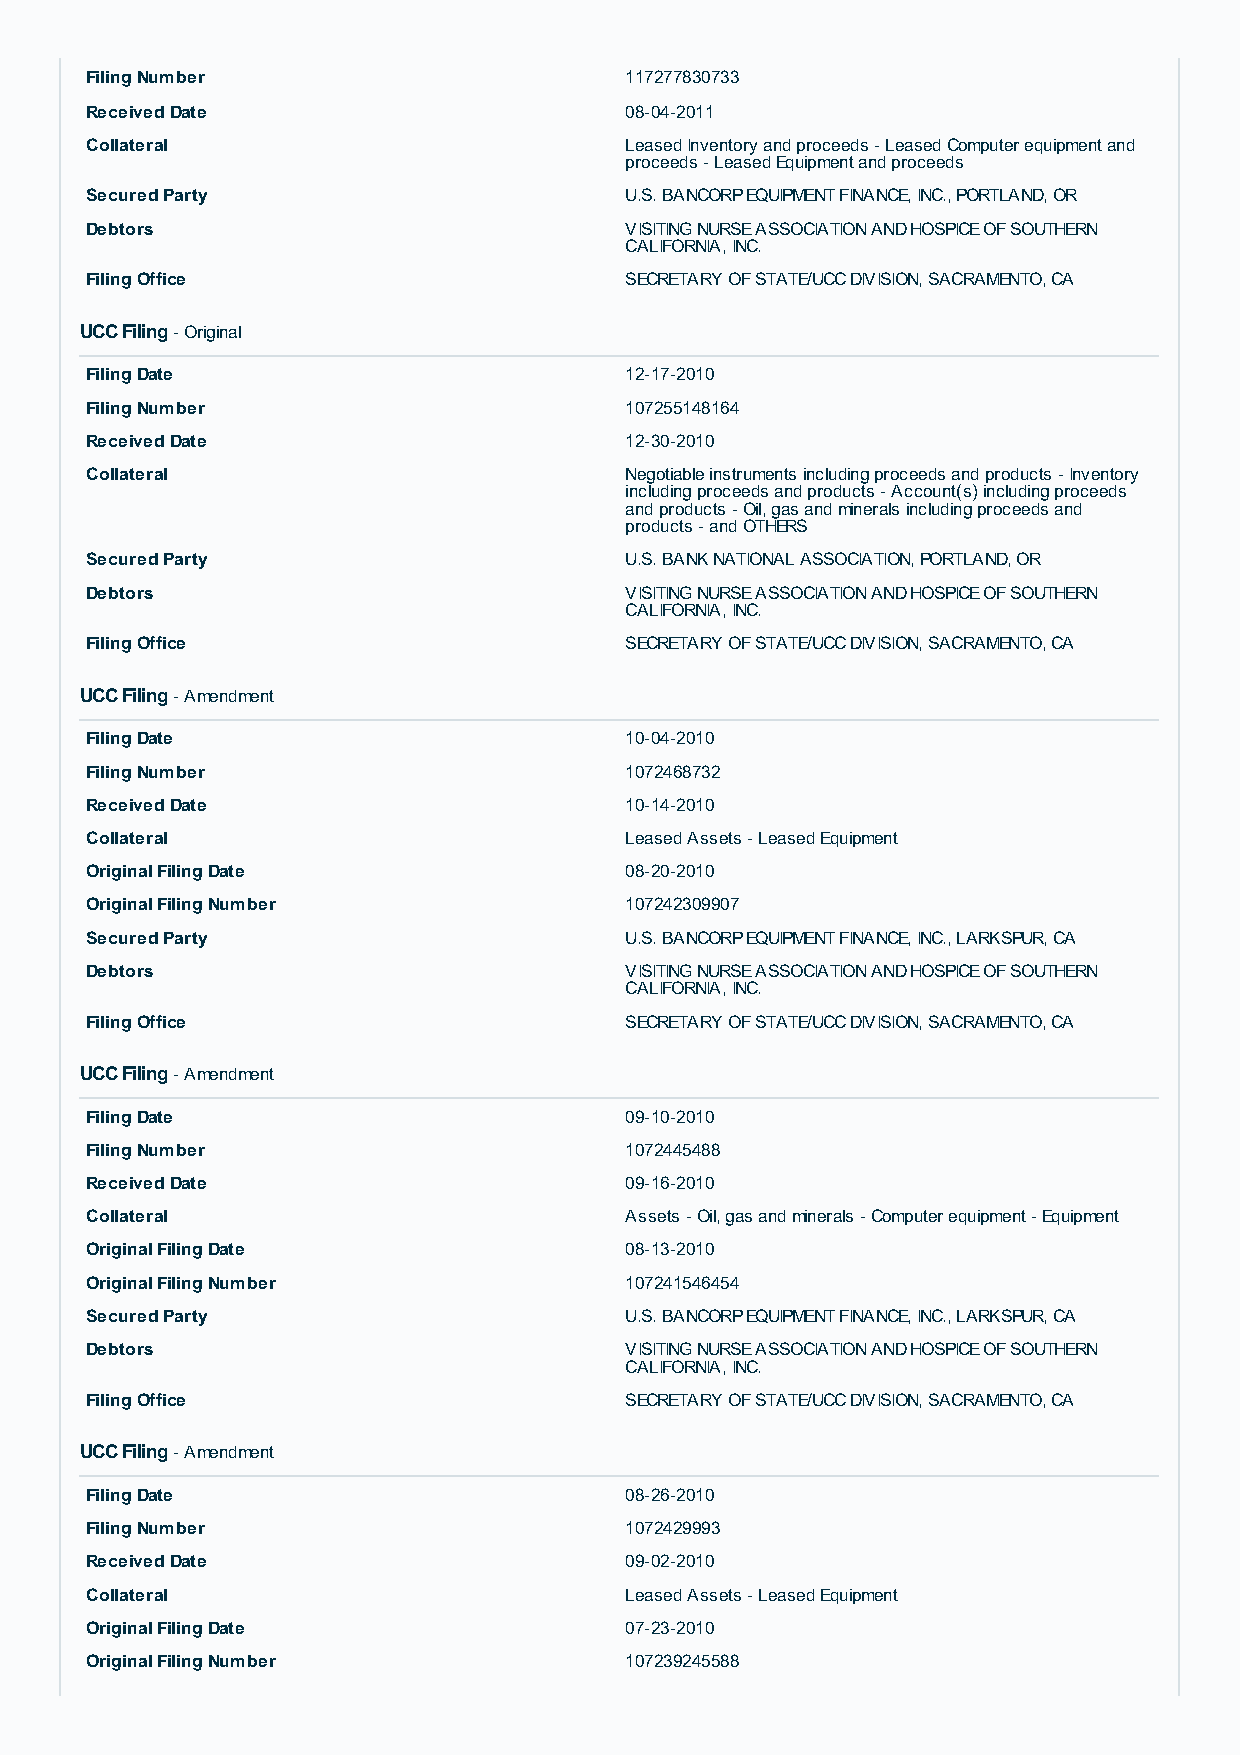
Filing Number                      117277830733
 Received Date                      08-04-2011
 Collateral                         Leased Inventory and proceeds - Leased Computer equipment and
 proceeds - Leased Equipment and proceeds
 Secured Party                      U.S. BANCORP EQUIPMENT FINANCE, INC., PORTLAND, OR
 Debtors                            VISITING NURSE ASSOCIATION AND HOSPICE OF SOUTHERN
 CALIFORNIA, INC.
 Filing Office                      SECRETARY OF STATE/UCC DIVISION, SACRAMENTO, CA
 UCC Filing - Original
 Filing Date                        12-17-2010
 Filing Number                      107255148164
 Received Date                      12-30-2010
 Collateral                         Negotiable instruments including proceeds and products - Inventory
 including proceeds and products - Account(s) including proceeds
 and products - Oil, gas and minerals including proceeds and
 products - and OTHERS
 Secured Party                      U.S. BANK NATIONAL ASSOCIATION, PORTLAND, OR
 Debtors                            VISITING NURSE ASSOCIATION AND HOSPICE OF SOUTHERN
 CALIFORNIA, INC.
 Filing Office                      SECRETARY OF STATE/UCC DIVISION, SACRAMENTO, CA
 UCC Filing - Amendment
 Filing Date                        10-04-2010
 Filing Number                      1072468732
 Received Date                      10-14-2010
 Collateral                         Leased Assets - Leased Equipment
 Original Filing Date               08-20-2010
 Original Filing Number             107242309907
 Secured Party                      U.S. BANCORP EQUIPMENT FINANCE, INC., LARKSPUR, CA
 Debtors                            VISITING NURSE ASSOCIATION AND HOSPICE OF SOUTHERN
 CALIFORNIA, INC.
 Filing Office                      SECRETARY OF STATE/UCC DIVISION, SACRAMENTO, CA
 UCC Filing - Amendment
 Filing Date                        09-10-2010
 Filing Number                      1072445488
 Received Date                      09-16-2010
 Collateral                         Assets - Oil, gas and minerals - Computer equipment - Equipment
 Original Filing Date               08-13-2010
 Original Filing Number             107241546454
 Secured Party                      U.S. BANCORP EQUIPMENT FINANCE, INC., LARKSPUR, CA
 Debtors                            VISITING NURSE ASSOCIATION AND HOSPICE OF SOUTHERN
 CALIFORNIA, INC.
 Filing Office                      SECRETARY OF STATE/UCC DIVISION, SACRAMENTO, CA
 UCC Filing - Amendment
 Filing Date                        08-26-2010
 Filing Number                      1072429993
 Received Date                      09-02-2010
 Collateral                         Leased Assets - Leased Equipment
 Original Filing Date               07-23-2010
 Original Filing Number             107239245588